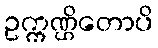
ဥက္ကဏ္ဌိတောပိ